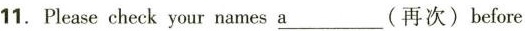
11. Please check your names _a(再次)before